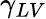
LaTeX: \gamma_{LV}